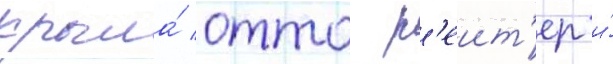
крыла́ отто р'еит'ер и́